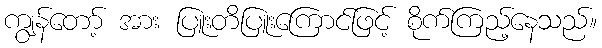
ကျွန်တော့် အား ပြူးတိပြူးကြောင်ဖြင့် စိုက်ကြည့်နေသည်။